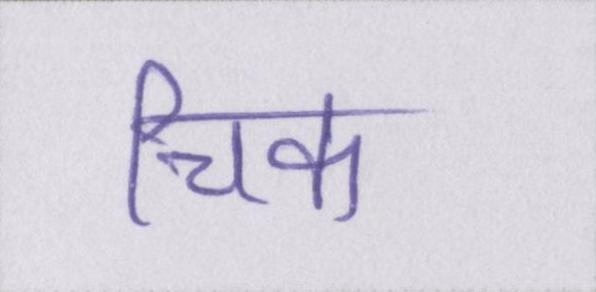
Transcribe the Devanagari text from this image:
चिक